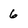
Character: 6